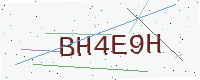
Text: BH4E9H